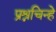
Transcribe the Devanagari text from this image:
प्रश्नचिन्हे